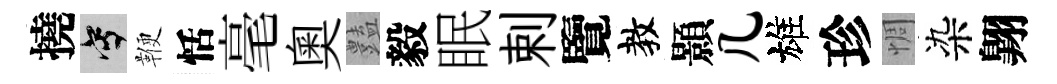
撓寫鞭恬毫奥𧰟毅眠剌覽教顥几雄珍惆染翺